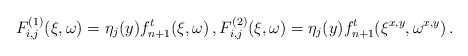
\begin{align*}F_{i,j}^{(1)} (\xi,\omega)= \eta_j(y) f_{n+1}^t (\xi,\omega) \, ,F_{i,j}^{(2)}(\xi,\omega) = \eta_j(y) f_{n+1}^t (\xi^{x,y},\omega^{x,y})\,.\end{align*}